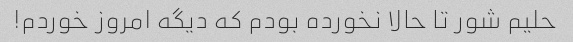
حلیم شور تا حالا نخورده بودم که دیگه امروز خوردم!